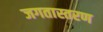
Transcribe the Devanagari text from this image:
जगतास्तरण